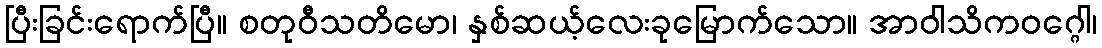
ပြီးခြင်းရောက်ပြီ။ စတုဝီသတိမော၊ နှစ်ဆယ့်လေးခုမြောက်သော။ အာဝါသိကဝဂ္ဂေါ၊